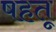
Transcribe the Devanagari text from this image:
षहतू